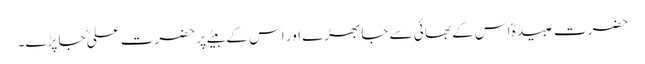
حضرت عبیدہؓ اس کے بھائی سے جا بھڑے اور اس کے بیٹے پر حضرت علیؓ جا پڑے۔